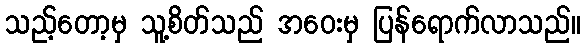
သည့်တော့မှ သူ့စိတ်သည် အဝေးမှ ပြန်ရောက်လာသည်။